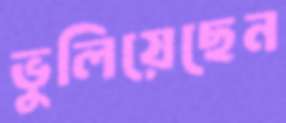
ভুলিয়েছেন